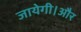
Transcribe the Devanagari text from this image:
जायेगी।और